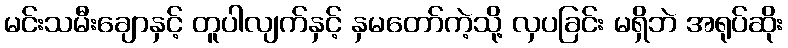
မင်းသမီးချောနှင့် တူပါလျက်နှင့် နှမတော်ကဲ့သို့ လှပခြင်း မရှိဘဲ အရုပ်ဆိုး